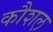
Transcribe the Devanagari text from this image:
कौशल़